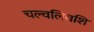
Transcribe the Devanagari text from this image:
चल्वलिवशि